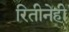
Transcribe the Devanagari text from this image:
रितीनेही